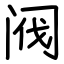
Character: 阀